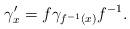
LaTeX: \begin{align*}\gamma'_x=f\gamma_{f^{-1}(x)}f^{-1}.\end{align*}